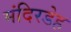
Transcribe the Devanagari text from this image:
मंदिरडेह